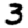
Digit: 3